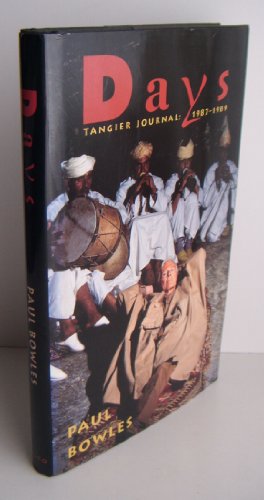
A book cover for DAYS TANGIER JOURNAL; Paul Bowles; Travel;